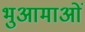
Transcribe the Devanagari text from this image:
भुआमाओं